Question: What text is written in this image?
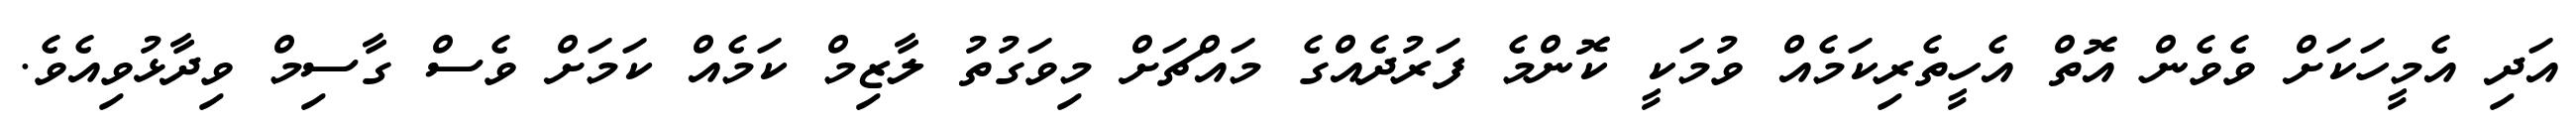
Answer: އަދި އެމީހަކަށް ވެވެން އޮތް އެހީތެރިކަމެއް ވުމަކީ ކޮންމެ ފަރުދެއްގެ މައްޗަށް މިވަގުތު ލާޒިމް ކަމެއް ކަމަށް ވެސް ގާސިމް ވިދާޅުވިއެވެ.